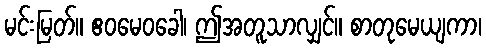
မင်းမြတ်။ ဧဝမေဝခေါ၊ ဤအတူသာလျှင်။ စာတုမေယျကာ၊